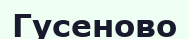
Гусеново